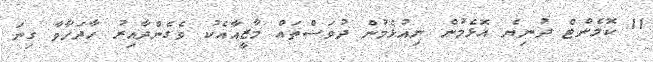
11 ކޮމެންޓް ދުނިޔެ އޮޅެމުން ނިއުޅެމުން ދުވަސްތައް މާޒީއާއެކު ވެގެންދާއިރު ހާދަހާވާ ގިނަ